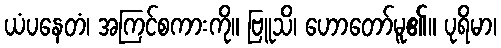
ယံပနေတံ၊ အကြင်စကားကို။ ဗြူသိ၊ ဟောတော်မူ၏။ ပုရိမာ၊